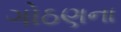
ગોઠણના